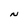
Character: N